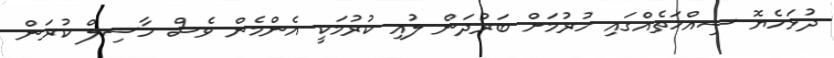
ދުޅަހެޔޮ ސިއްހަތެެއްގައި ހުރުމަށް ބަރުދަން ލުއި ކުރުމަކީ އެންމެން ވެސް ހާސިލް ކުރަން